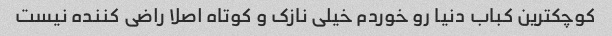
کوچکترین کباب دنیا رو خوردم خیلی نازک و کوتاه اصلا راضی کننده نیست